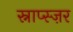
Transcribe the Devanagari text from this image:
स्नाप्स्ज़र